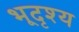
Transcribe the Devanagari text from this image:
भूदृश्‍य